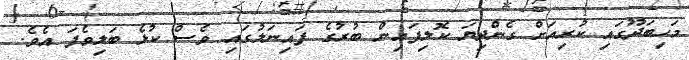
މަހިބަދޫގައި ކުރިއަށް ގެންދިޔަ ކޮލިފައިން ބުރުގެ ފައިނަލުގައި ވެސް ކުޅެ ބަލިވެފަ އެވެ.